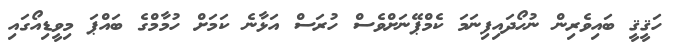
ހަޤީޤީ ބައިވެރިން ނުހޯދައިފިނަމަ ކެމްޕޭނަށްވެސް ހުރަސް އަޅާނެ ކަމަށް ހުމާމްގެ ބައްޕަ މިވީޑިއޯގައި